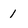
Character: 1